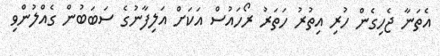
އެތަނާ ޖެހިގެން ހުރި އިތުރު ހަތަރު ރޯހައުސް އަކަށް އަލިފާނުގެ ސަބަބުން ގެއްލުންވި